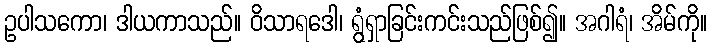
ဥပါသကော၊ ဒါယကာသည်။ ဝိသာရဒေါ၊ ရွံရှာခြင်းကင်းသည်ဖြစ်၍။ အဂါရံ၊ အိမ်ကို။